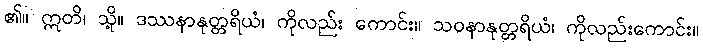
၏။ ဣတိ၊ သို့။ ဒဿနာနုတ္တရိယံ၊ ကိုလည်း ကောင်း။ သဝနာနုတ္တရိယံ၊ ကိုလည်းကောင်း။